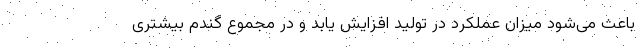
باعث می‌شود میزان عملکرد در تولید افزایش یابد و در مجموع گندم بیشتری